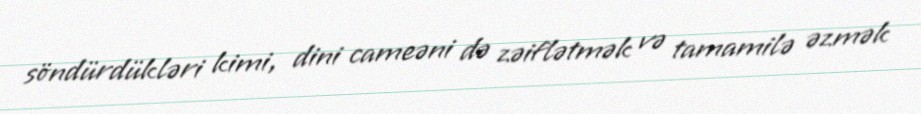
söndürdükləri kimi, dini cameəni də zəiflətmək və tamamilə əzmək